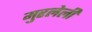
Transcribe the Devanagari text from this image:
मुरलेली